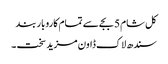
کل شام 5 بجے سے تمام کاروبار بند
سندھ لاک ڈاون مزید سخت ۔